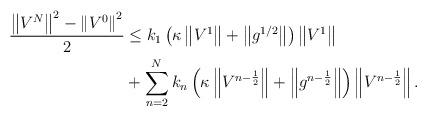
LaTeX: \begin{align*} \frac{\left\|V^{N}\right\|^2- \left\|V^{0}\right\|^2}{2} & \leq k_1 \left( \kappa\left\|V^{1}\right\| + \left\|g^{1/2}\right\| \right) \left\|V^{1}\right\| \\ & + \sum\limits_{n=2}^{N}k_n \left( \kappa \left\|V^{n-\frac{1}{2}}\right\| + \left\|g^{n-\frac{1}{2}}\right\| \right) \left\|V^{n-\frac{1}{2}}\right\|. \end{align*}